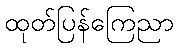
ထုတ်ပြန်ကြေညာ